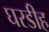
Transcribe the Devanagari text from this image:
घरडीह